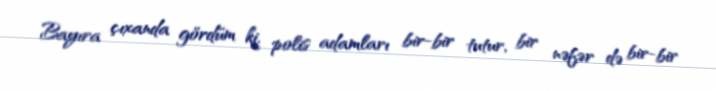
Bayıra çıxanda gördüm ki, polis adamları bir-bir tutur, bir nəfər də bir-bir